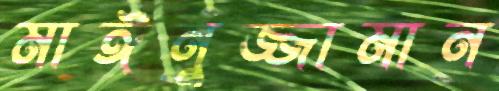
মাঈনুজ্জামান